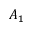
A _ { 1 }